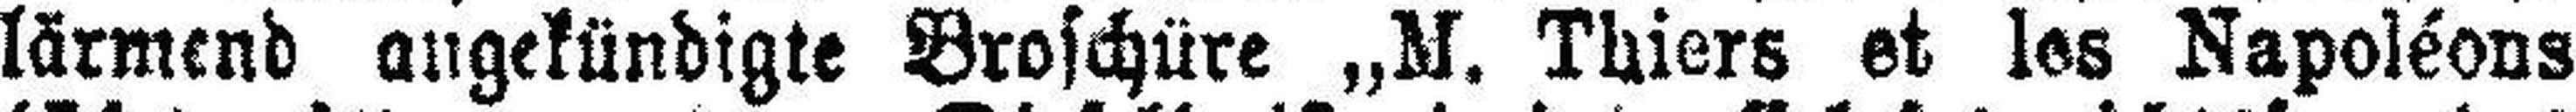
lärmend angekündigte Broschüre „M. Thiers et les Napoléons